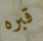
قبره